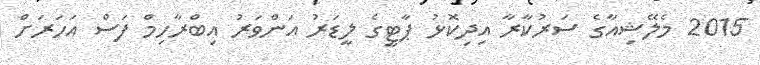
2015 މެލޭޝިއާގެ ސަރުކާރާ އިދިކޮޅު ޕާޓީގެ ލީޑަރު އަންވަރު އިބްރާހިމް ފަސް އަހަރަށް